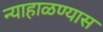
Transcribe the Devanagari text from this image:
न्याहाळण्यास